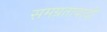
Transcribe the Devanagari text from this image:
समग्रतावादी